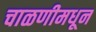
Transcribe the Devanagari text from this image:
चाळणीमधून